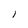
Character: I